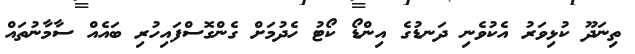
ތިނަދޫ ކުޅިވަރު އެކުވެނި ދަނޑުގެ އިންޑޯ ކޯޓު ހެދުމަށް ގެންގޮސްފައިހުރި ބައެއް ސާމާނުތައް